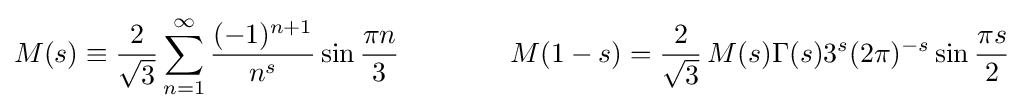
M(s)\equiv {\frac {2}{\sqrt {3}}}\sum _{n=1}^{\infty }{\frac {(-1)^{n+1}}{n^{s}}}\sin {\frac {\pi n}{3}}\qquad \qquad M(1-s)=\displaystyle {\frac {2}{\sqrt {3}}}\,M(s)\Gamma (s)3^{s}(2\pi )^{-s}\sin {\frac {\pi s}{2}}